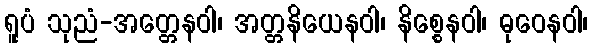
ရူပံ သုညံ-အတ္တေနဝါ၊ အတ္တနိယေနဝါ၊ နိစ္စေနဝါ၊ ဓုဝေနဝါ၊